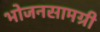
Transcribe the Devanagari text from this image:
भोजनसामग्री